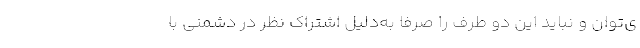
ی‌توان و نباید این دو طرف را صرفاً به‌دلیل اشتراک نظر در دشمنی با